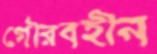
গৌরবহীন